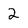
Character: 2